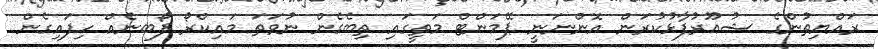
ރައްޔިތުންގެ ޝުޢޫރުފާޅުކުރަން އޮންނަނީ ޕޭމަންޓް މަތީގައި ތިބެގެން ނުވަތަ މައިކްރޯ ފޯބނެއް ހިފައިގެން